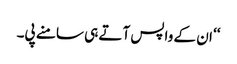
‘‘ ان کے واپس آتے ہی سامنے پی۔